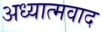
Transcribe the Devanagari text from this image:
अध्‍यात्‍मवाद